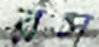
রস